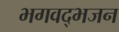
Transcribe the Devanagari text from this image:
भगवद्भजन